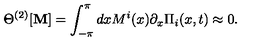
\Theta ^ { ( 2 ) } [ { \bf M } ] = \int _ { - \pi } ^ { \pi } d x M ^ { i } ( x ) \partial _ { x } \Pi _ { i } ( x , t ) \approx 0 .